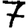
Digit: 7